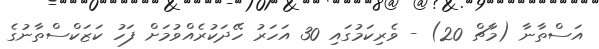
އަސްތާނާ (މާޗް 20) - ވެރިކަމުގައި 30 އަހަރު ހޭދަކުރެއްވުމަށް ފަހު ކަޒަކްސްތާނުގެ